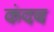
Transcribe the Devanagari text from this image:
कंदब